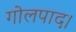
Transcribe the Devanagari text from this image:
गोलपाद।